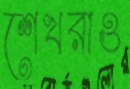
শেখরাও